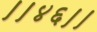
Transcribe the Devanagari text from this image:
।।४६।।